Treatise on elephants
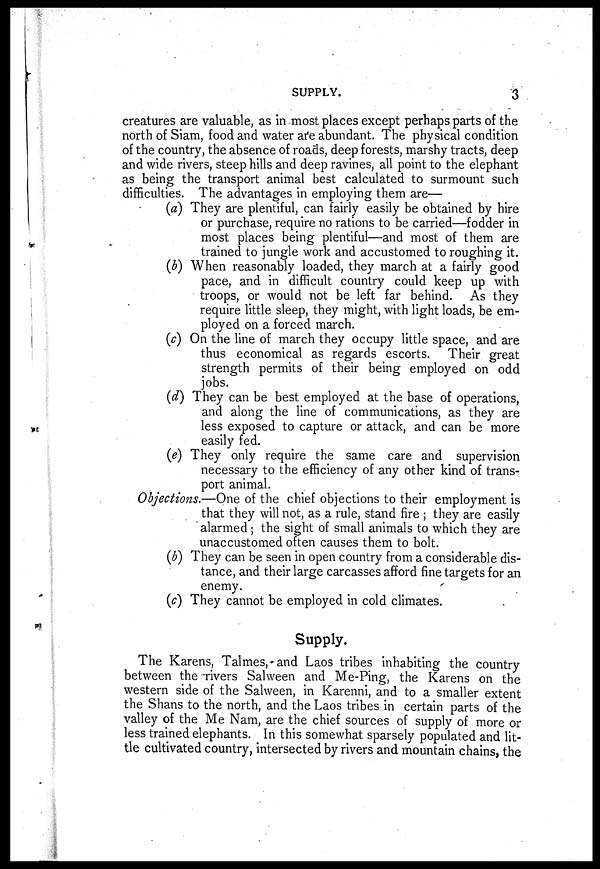
SUPPLY.
3
creatures are valuable, as in most places except perhaps parts of the
north of Siam, food and water are abundant. The physical condition
of the country, the absence of roads, deep forests, marshy tracts, deep
and wide rivers, steep hills and deep ravines, all point to the elephant
as being the transport animal best calculated to surmount such
difficulties. The advantages in employing them are—
(a) They are plentiful, can fairly easily be obtained by hire
or purchase, require no rations to be carried—fodder in
most places being plentiful—and most of them are
trained to jungle work and accustomed to roughing it.
(b) When reasonably loaded, they inarch at a fairly good
pace, and in difficult country could keep up with
troops, or would not be left far behind. As they
require little sleep, they might, with light loads, be em-
ployed on a forced march.
(c) On the line of march they occupy little space, and are
thus economical as regards escorts. Their great
strength permits of their being employed on odd
jobs.
(d) They can be best employed at the base of operations,
and along the line of communications, as they are
less exposed to capture or attack, and can be more
easily fed.
(e) They only require the same care and supervision
necessary to the efficiency of any other kind of trans-
port animal.
Objections—One of the chief objections to their employment is
that they will not, as a rule, stand fire ; they are easily
alarmed; the sight of small animals to which they are
unaccustomed often causes them to bolt.
(b) They can be seen in open country from a considerable dis-
tance, and their large carcasses afford fine targets for an
enemy.
(c) They cannot be employed in cold climates.
Supply.
The Karens, Talmes, and Laos tribes inhabiting the country
between the rivers Salween and Me-Ping, the Karens on the
western side of the Salween, in Karenni, and to a smaller extent
the Shans to the north, and the Laos tribes in certain parts of the
valley of the Me Nam, are the chief sources of supply of more or
less trained elephants. In this somewhat sparsely populated and lit-
tle cultivated country, intersected by rivers and mountain chains, the